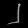
Digit: ၂